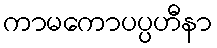
ကာမကောပပ္ပဟီနာ